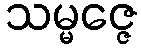
သမ္မဇ္ဇေ